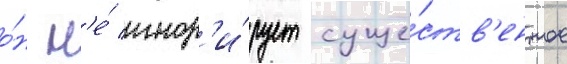
о́н н'е́ игнор'и́рует суще́ств'енное